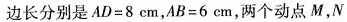
边长分别是$$A D = 8 c m$$，$$A B = 6 c m$$，两个动点M，N